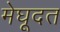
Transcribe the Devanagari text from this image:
मेघूदत